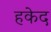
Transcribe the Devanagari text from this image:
हकेद